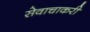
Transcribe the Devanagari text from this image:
सेवाचाकरी